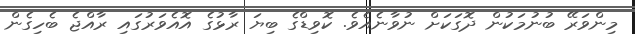
މިންވަރޭ ބުނުމަކުން ދޮގަކަށް ނުވާނެއެވެ. ކޮވިޑްގެ ބިޔަ ރާޅުގެ އޮއެވަރުގައި ރާއްޖެ ބެހިގެން